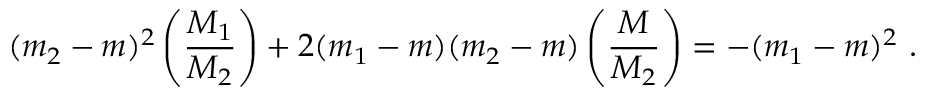
( m _ { 2 } - m ) ^ { 2 } \left( \frac { \displaystyle M _ { 1 } } { \displaystyle M _ { 2 } } \right) + 2 ( m _ { 1 } - m ) ( m _ { 2 } - m ) \left( \frac { \displaystyle M } { \displaystyle M _ { 2 } } \right) = - ( m _ { 1 } - m ) ^ { 2 } \ .